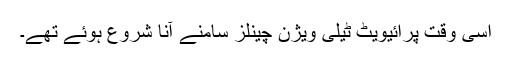
اسی وقت پرائیویٹ ٹیلی ویژن چینلز سامنے آنا شروع ہوئے تھے۔